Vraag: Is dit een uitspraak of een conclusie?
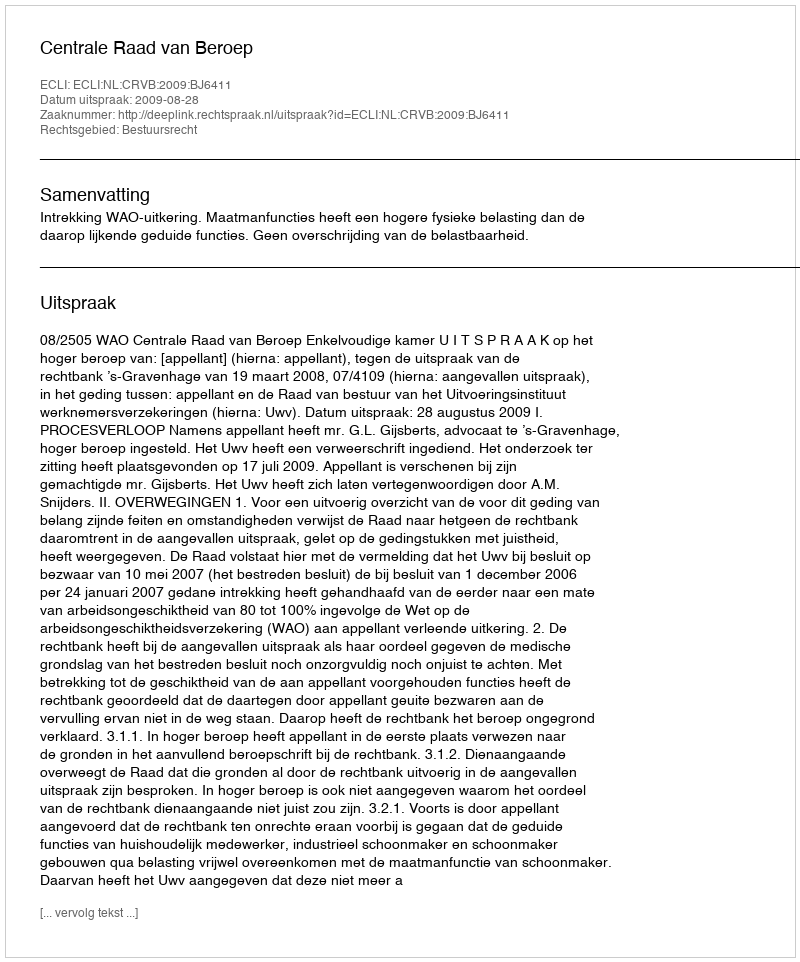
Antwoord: Uitspraak